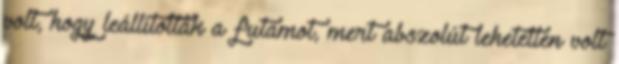
volt, hogy leállították a futamot, mert abszolút lehetetlen volt